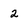
Character: 2